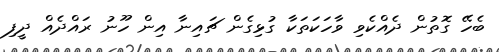
ބެހޭ ގޮތުން ދެއްކެވި ވާހަކަތަކާ ގުޅިގެން ޗައިނާ އިން ހޫނު ރައްދެއް ދީފި